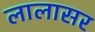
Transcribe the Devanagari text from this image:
लालासर